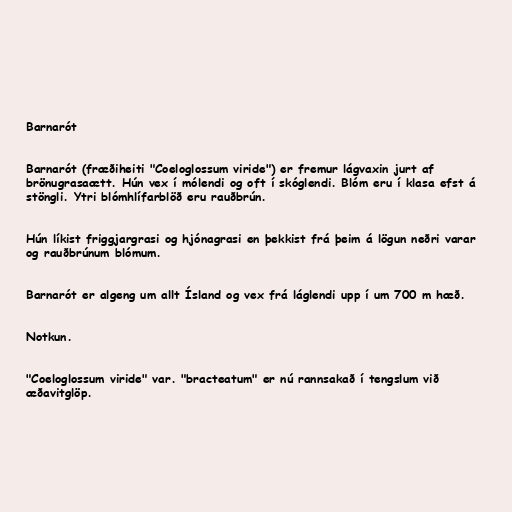
Barnarót

Barnarót (fræðiheiti "Coeloglossum viride") er fremur lágvaxin jurt af
brönugrasaætt. Hún vex í mólendi og oft í skóglendi. Blóm eru í klasa efst á
stöngli. Ytri blómhlífarblöð eru rauðbrún.

Hún líkist friggjargrasi og hjónagrasi en þekkist frá þeim á lögun neðri varar
og rauðbrúnum blómum.

Barnarót er algeng um allt Ísland og vex frá láglendi upp í um 700 m hæð.

Notkun.

"Coeloglossum viride" var. "bracteatum" er nú rannsakað í tengslum við
æðavitglöp.